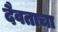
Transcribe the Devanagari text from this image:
दैवताचा